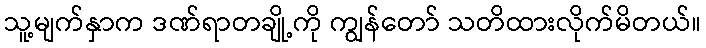
သူ့မျက်နှာက ဒဏ်ရာတချို့ကို ကျွန်တော် သတိထားလိုက်မိတယ်။